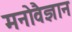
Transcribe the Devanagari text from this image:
मनोवैज्ञान